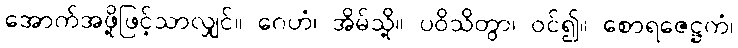
အောက်အဖို့ဖြင့်သာလျှင်။ ဂေဟံ၊ အိမ်သို့။ ပဝိသိတွာ၊ ဝင်၍။ စောရဇေဋ္ဌကံ၊